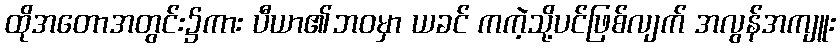
ထိုအတောအတွင်း၌ကား ပီယာ၏ဘဝမှာ ယခင် ကကဲ့သို့ပင်ဖြစ်လျက် အလွန်အကျူး